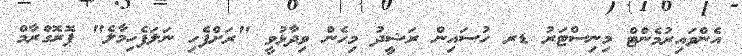
އެންވައިރުމެންޓް މިނިސްޓަރު ޑރ ހުސައިން ރަޝީދު މިހެން ވިދާޅުވީ "ރަށްފެހި ނަލަފެހިމާލެ" ޕޮރޮގްރާމް